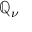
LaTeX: \mathbb { Q } _ { \nu }